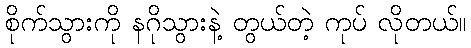
စိုက်သွားကို နဂိုသွားနဲ့ တွယ်တဲ့ ကုပ် လိုတယ်။